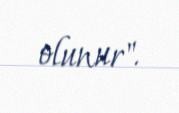
olunur".